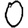
Digit: 0